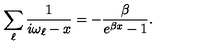
\sum _ { \ell } \frac { 1 } { i \omega _ { \ell } - x } = - \frac { \beta } { e ^ { \beta x } - 1 } .